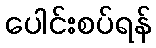
ပေါင်းစပ်ရန်